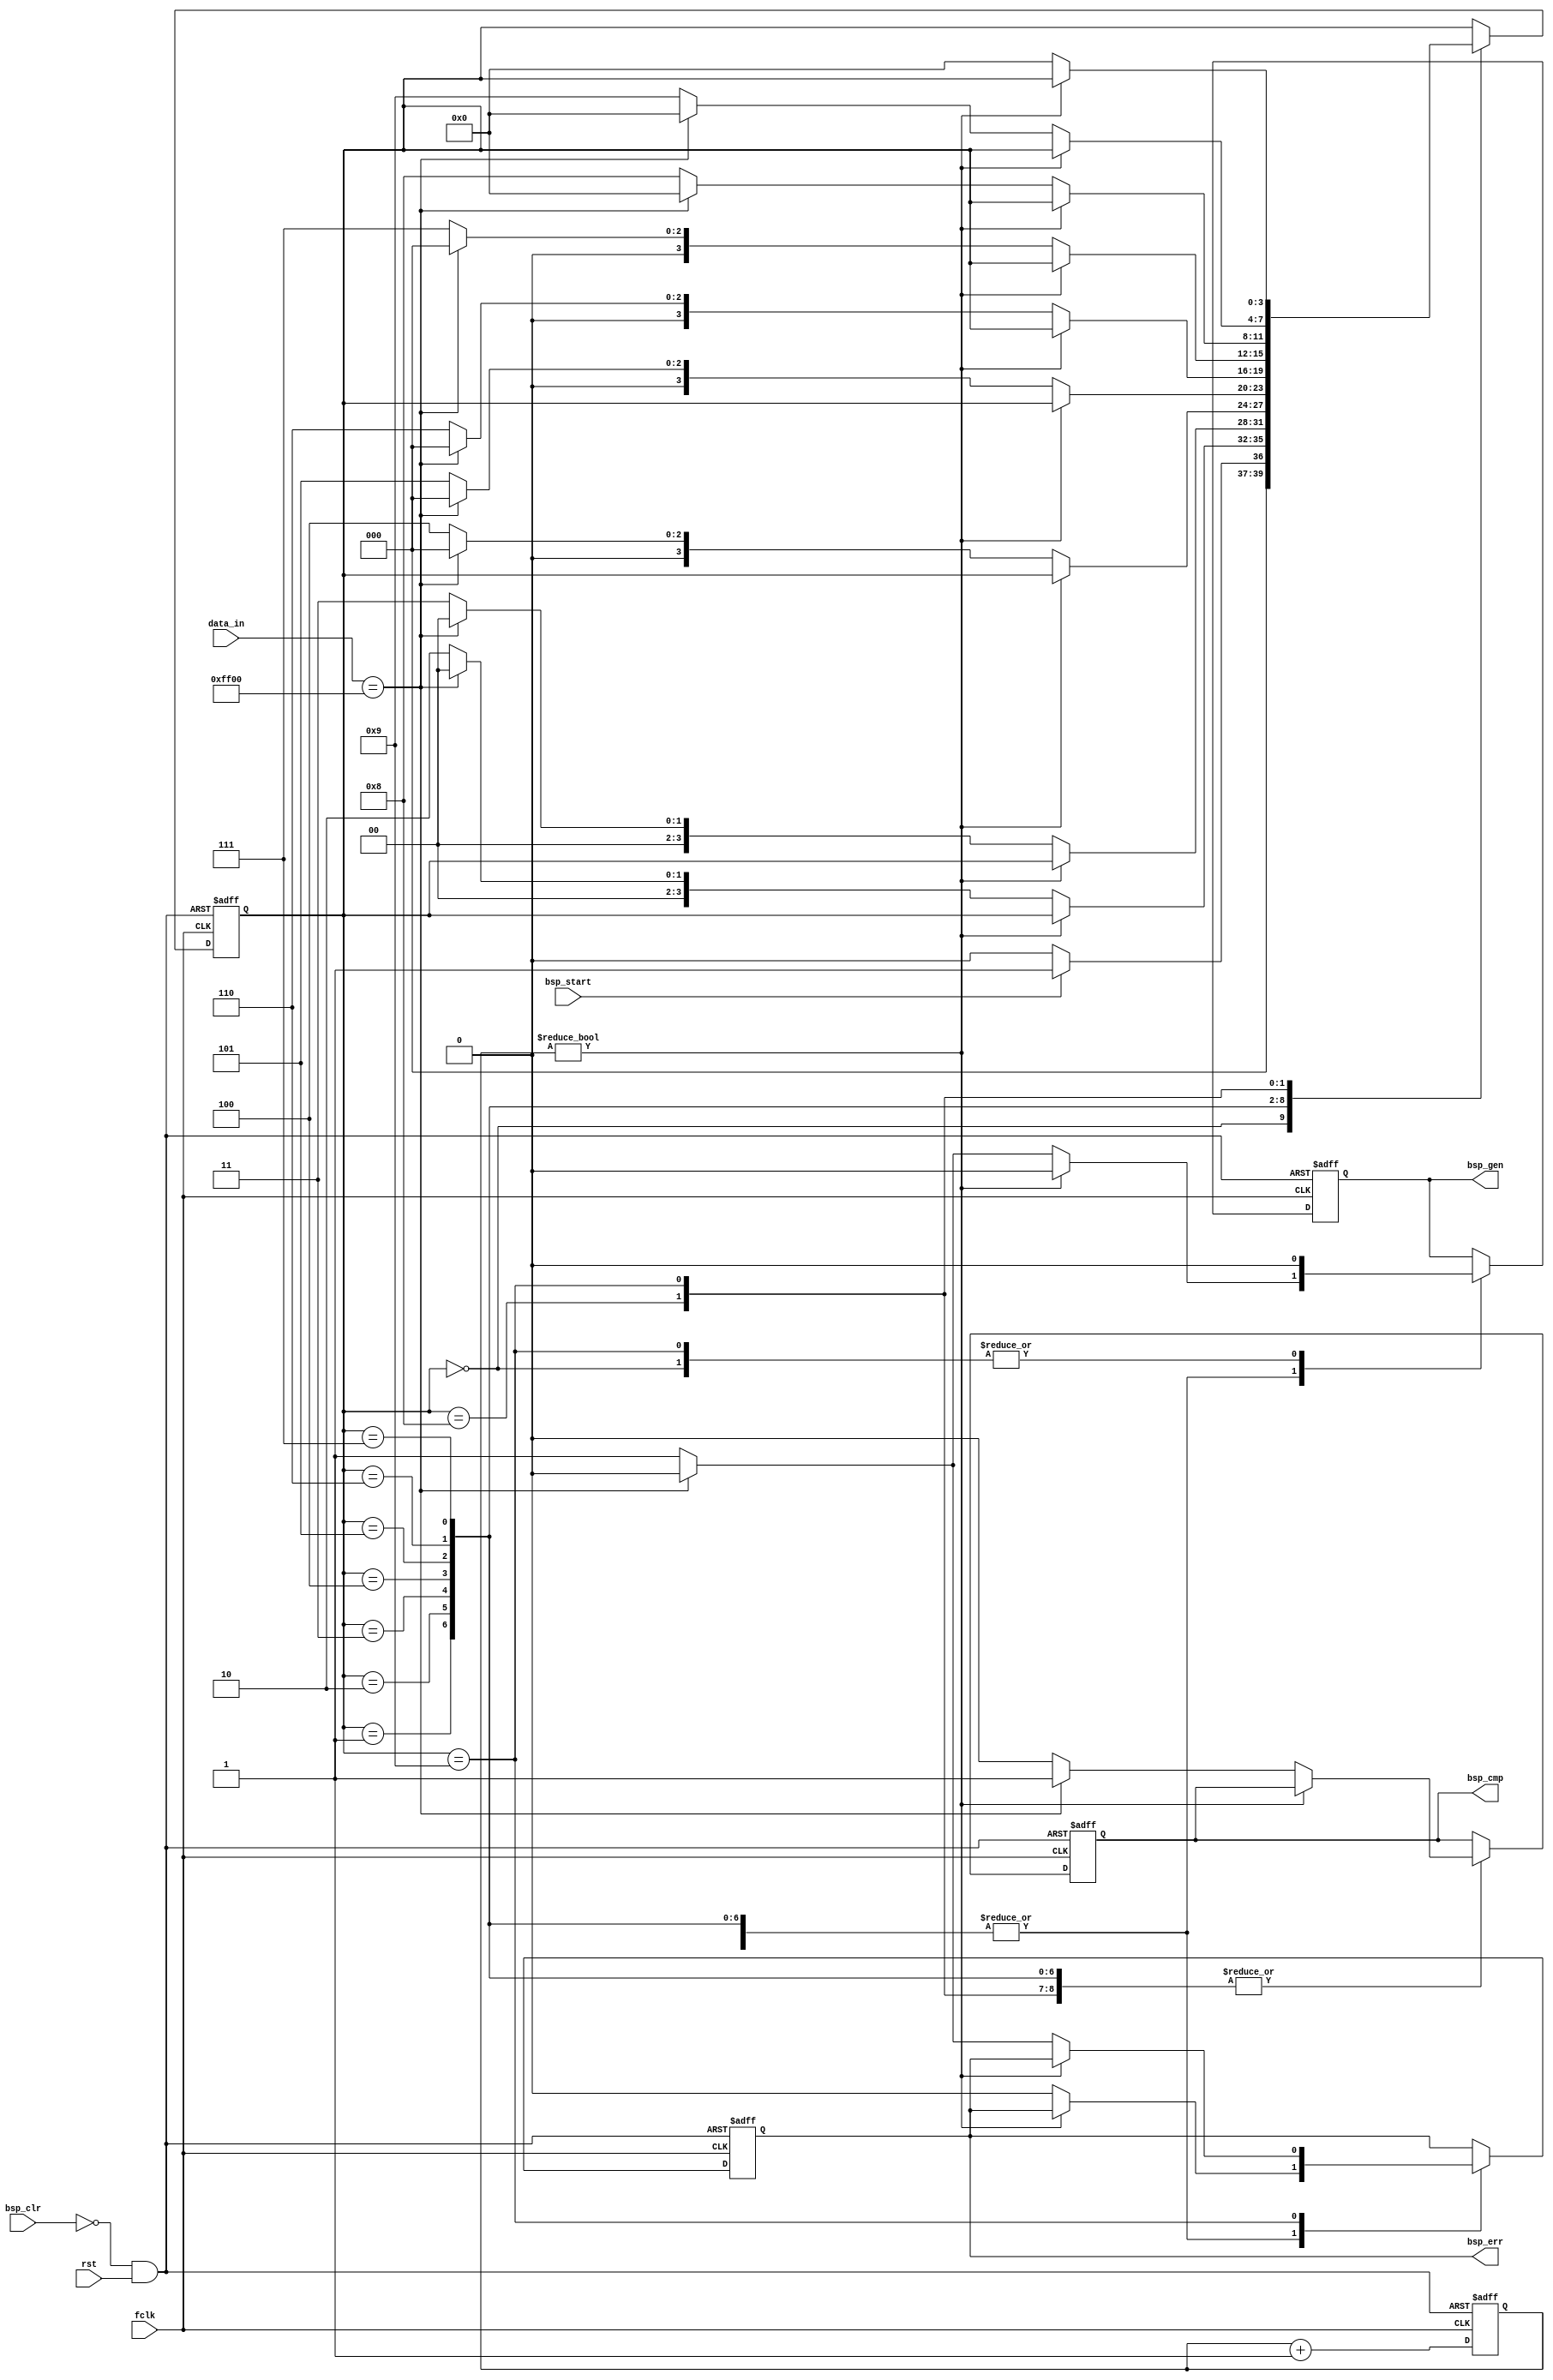
module bitslip_gen (
fclk,
rst,
bsp_clr,
bsp_start,
data_in,
bsp_gen,
bsp_cmp,
bsp_err
);

input fclk;
input rst;
input bsp_clr;
input bsp_start;
input [15:0] data_in;
output bsp_gen;
output bsp_cmp;
output bsp_err;

parameter IDLE_STAT     = 4'b0000;
parameter BSP1_STAT     = 4'b0001;
parameter BSP2_STAT     = 4'b0010;
parameter BSP3_STAT     = 4'b0011;
parameter BSP4_STAT     = 4'b0100;
parameter BSP5_STAT     = 4'b0101;
parameter BSP6_STAT     = 4'b0110;
parameter BSP7_STAT     = 4'b0111;
parameter BSP8_STAT     = 4'b1000;
parameter BSP9_STAT     = 4'b1001;

parameter BSP_ENABLE    = 1'b1;
parameter BSP_DISENABLE = 1'b0;
parameter BSP_MATCH     = 1'b1;
parameter BSP_DISMATCH  = 1'b0;
parameter BSP_FAULT     = 1'b1;
parameter BSP_NORMAL    = 1'b0;

//parameter BSP_PATTERN   = 16'h1669;
//parameter BSP_PATTERN   = 16'h16a9;
//parameter BSP_PATTERN   = 16'h2ec4;
//parameter BSP_PATTERN   = 16'h1234;
//parameter BSP_PATTERN   = 16'h3fd5;
//parameter BSP_PATTERN   = 16'h2a95;
parameter BSP_PATTERN   = 16'hff00;
reg [3:0] next_state;
reg bsp_gen;
reg bsp_cmp;
reg bsp_err;
reg [3:0] bsp_cnt;

wire state_rst = (~bsp_clr) & rst;
always @ (posedge fclk or negedge state_rst)
  if (~state_rst)
  begin
    next_state <= IDLE_STAT;
    bsp_gen    <= BSP_DISENABLE;
    bsp_cnt    <= 1'b0;
    bsp_cmp    <= BSP_DISMATCH;
    bsp_err    <= BSP_NORMAL;
  end
  else
  begin
    bsp_cnt    <= bsp_cnt + 1;
    case(next_state)
    IDLE_STAT : begin
                  if (bsp_start)
                  begin
                    next_state <= BSP1_STAT;
                    bsp_gen    <= BSP_DISENABLE;
                    bsp_cmp    <= bsp_cmp;
                    bsp_err    <= bsp_err;
                  end
                  else
                  begin
                    next_state <= IDLE_STAT;
                    bsp_gen    <= BSP_DISENABLE;
                    bsp_cmp    <= bsp_cmp;
                    bsp_err    <= bsp_err;
                  end
                end
    BSP1_STAT : begin
                  if (bsp_cnt)
                  begin
                    next_state <= next_state;
                    bsp_gen    <= BSP_DISENABLE;
                    bsp_cmp    <= bsp_cmp;
                    bsp_err    <= bsp_err;
                  end
                  else if (data_in == BSP_PATTERN)
                  begin
                    next_state <= IDLE_STAT;
                    bsp_gen    <= BSP_DISENABLE;
                    bsp_cmp    <= BSP_MATCH;
                    bsp_err    <= BSP_NORMAL;
                  end
                  else
                  begin
                    next_state <= BSP2_STAT;
                    bsp_gen    <= BSP_ENABLE;
                    bsp_cmp    <= BSP_DISMATCH;
                    bsp_err    <= BSP_NORMAL;
                  end
                end
    BSP2_STAT : begin
                  if (bsp_cnt)
                  begin
                    next_state <= next_state;
                    bsp_gen    <= BSP_DISENABLE;
                    bsp_cmp    <= bsp_cmp;
                    bsp_err    <= bsp_err;
                  end
                  else if (data_in == BSP_PATTERN)
                  begin
                    next_state <= IDLE_STAT;
                    bsp_gen    <= BSP_DISENABLE;
                    bsp_cmp    <= BSP_MATCH;
                    bsp_err    <= BSP_NORMAL;
                  end
                  else
                  begin
                    next_state <= BSP3_STAT;
                    bsp_gen    <= BSP_ENABLE;
                    bsp_cmp    <= BSP_DISMATCH;
                    bsp_err    <= BSP_NORMAL;
                  end
                end
    BSP3_STAT : begin
                  if (bsp_cnt)
                  begin
                    next_state <= next_state;
                    bsp_gen    <= BSP_DISENABLE;
                    bsp_cmp    <= bsp_cmp;
                    bsp_err    <= bsp_err;
                  end
                  else if (data_in == BSP_PATTERN)
                  begin
                    next_state <= IDLE_STAT;
                    bsp_gen    <= BSP_DISENABLE;
                    bsp_cmp    <= BSP_MATCH;
                    bsp_err    <= BSP_NORMAL;
                  end
                  else
                  begin
                    next_state <= BSP4_STAT;
                    bsp_gen    <= BSP_ENABLE;
                    bsp_cmp    <= BSP_DISMATCH;
                    bsp_err    <= BSP_NORMAL;
                  end
                end
    BSP4_STAT : begin
                  if (bsp_cnt)
                  begin
                    next_state <= next_state;
                    bsp_gen    <= BSP_DISENABLE;
                    bsp_cmp    <= bsp_cmp;
                    bsp_err    <= bsp_err;
                  end
                  else if (data_in == BSP_PATTERN)
                  begin
                    next_state <= IDLE_STAT;
                    bsp_gen    <= BSP_DISENABLE;
                    bsp_cmp    <= BSP_MATCH;
                    bsp_err    <= BSP_NORMAL;
                  end
                  else
                  begin
                    next_state <= BSP5_STAT;
                    bsp_gen    <= BSP_ENABLE;
                    bsp_cmp    <= BSP_DISMATCH;
                    bsp_err    <= BSP_NORMAL;
                  end
                end
    BSP5_STAT : begin
                  if (bsp_cnt)
                  begin
                    next_state <= next_state;
                    bsp_gen    <= BSP_DISENABLE;
                    bsp_cmp    <= bsp_cmp;
                    bsp_err    <= bsp_err;
                  end
                  else if (data_in == BSP_PATTERN)
                  begin
                    next_state <= IDLE_STAT;
                    bsp_gen    <= BSP_DISENABLE;
                    bsp_cmp    <= BSP_MATCH;
                    bsp_err    <= BSP_NORMAL;
                  end
                  else
                  begin
                    next_state <= BSP6_STAT;
                    bsp_gen    <= BSP_ENABLE;
                    bsp_cmp    <= BSP_DISMATCH;
                    bsp_err    <= BSP_NORMAL;
                  end
                end
    BSP6_STAT : begin
                  if (bsp_cnt)
                  begin
                    next_state <= next_state;
                    bsp_gen    <= BSP_DISENABLE;
                    bsp_cmp    <= bsp_cmp;
                    bsp_err    <= bsp_err;
                  end
                  else if (data_in == BSP_PATTERN)
                  begin
                    next_state <= IDLE_STAT;
                    bsp_gen    <= BSP_DISENABLE;
                    bsp_cmp    <= BSP_MATCH;
                    bsp_err    <= BSP_NORMAL;
                  end
                  else
                  begin
                    next_state <= BSP7_STAT;
                    bsp_gen    <= BSP_ENABLE;
                    bsp_cmp    <= BSP_DISMATCH;
                    bsp_err    <= BSP_NORMAL;
                   end
                end
    BSP7_STAT : begin
                  if (bsp_cnt)
                  begin
                    next_state <= next_state;
                    bsp_gen    <= BSP_DISENABLE;
                    bsp_cmp    <= bsp_cmp;
                    bsp_err    <= bsp_err;
                  end
                  else if (data_in == BSP_PATTERN)
                  begin
                    next_state <= IDLE_STAT;
                    bsp_gen    <= BSP_DISENABLE;
                    bsp_cmp    <= BSP_MATCH;
                    bsp_err    <= BSP_NORMAL;
                  end
                  else
                  begin
                    next_state <= BSP8_STAT;
                    bsp_gen    <= BSP_ENABLE;
                    bsp_cmp    <= BSP_DISMATCH;
                    bsp_err    <= BSP_NORMAL;
                  end
                end
    BSP8_STAT : begin
                  if (bsp_cnt)
                  begin
                    next_state <= next_state;
                    bsp_gen    <= BSP_DISENABLE;
                    bsp_cmp    <= bsp_cmp;
                    bsp_err    <= bsp_err;
                  end
                  else if (data_in == BSP_PATTERN)
                  begin
                    next_state <= IDLE_STAT;
                    bsp_gen    <= BSP_DISENABLE;
                    bsp_cmp    <= BSP_MATCH;
                    bsp_err    <= BSP_NORMAL;
                  end
                  else
                  begin
                    next_state <= BSP9_STAT;
                    bsp_gen    <= BSP_ENABLE;
                    bsp_cmp    <= BSP_DISMATCH;
                    bsp_err    <= BSP_NORMAL;
                  end
                end
    BSP9_STAT : begin
                  if (bsp_cnt)
                  begin
                    next_state <= next_state;
                    bsp_gen    <= BSP_DISENABLE;
                    bsp_cmp    <= bsp_cmp;
                    bsp_err    <= bsp_err;
                  end
                  else if (data_in == BSP_PATTERN)
                  begin
                    next_state <= IDLE_STAT;
                    bsp_gen    <= BSP_DISENABLE;
                    bsp_cmp    <= BSP_MATCH;
                    bsp_err    <= BSP_NORMAL;
                  end
                  else
                  begin
                    next_state <= IDLE_STAT;
                    bsp_gen    <= BSP_DISENABLE;
                    bsp_cmp    <= BSP_DISMATCH;
                    bsp_err    <= BSP_FAULT;
                  end
                end
    default   : begin
                  next_state <= next_state;
                  bsp_gen    <= bsp_gen;
                  bsp_cmp    <= bsp_cmp;
                  bsp_err    <= bsp_err;
                end
    endcase
  end
endmodule